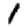
Digit: 1